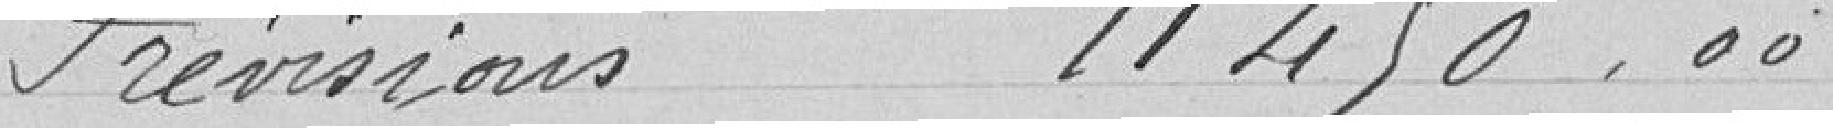
Prévisions 11450,00